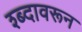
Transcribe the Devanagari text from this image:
श्ब्दावरून